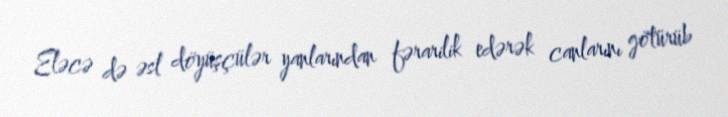
Eləcə də əsl döyüşçülər yanlarından fərarilik edərək canlarını götürüb